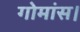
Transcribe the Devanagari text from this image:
गोमांस।